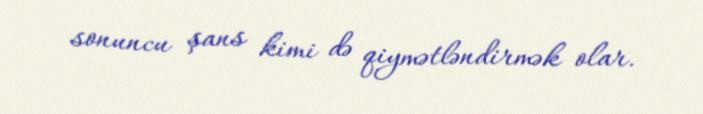
sonuncu şans kimi də qiymətləndirmək olar.